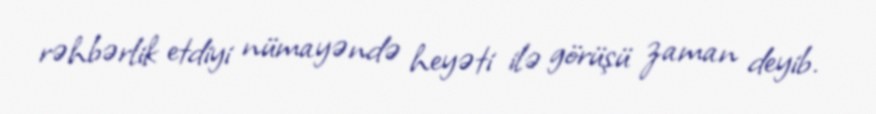
rəhbərlik etdiyi nümayəndə heyəti ilə görüşü zaman deyib.